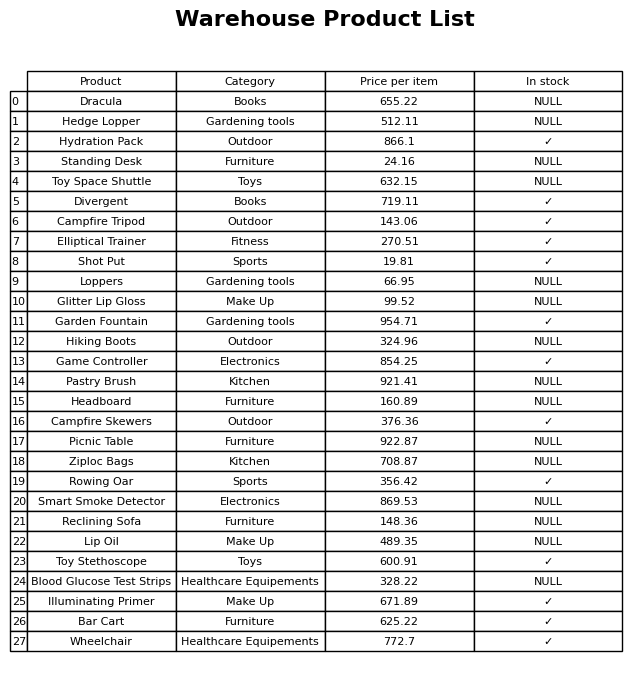
question: What is the price of the Hiking Boots?
answer: The price of Hiking Boots is 324.96.